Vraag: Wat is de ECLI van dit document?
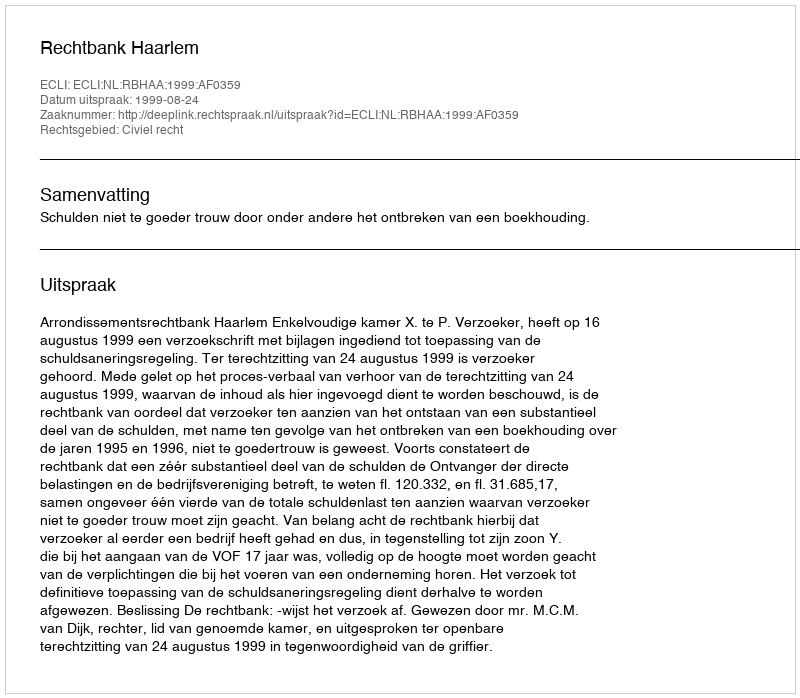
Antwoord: ECLI:NL:RBHAA:1999:AF0359